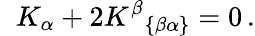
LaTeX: \; \; K_{\alpha}+2K^{\beta}{}_{\left\{ \beta\alpha\right\} }=0\, .